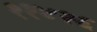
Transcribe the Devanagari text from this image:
११४२६